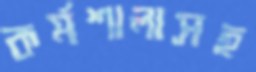
কর্মশালাসহ